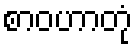
စာဝဟာတုံ